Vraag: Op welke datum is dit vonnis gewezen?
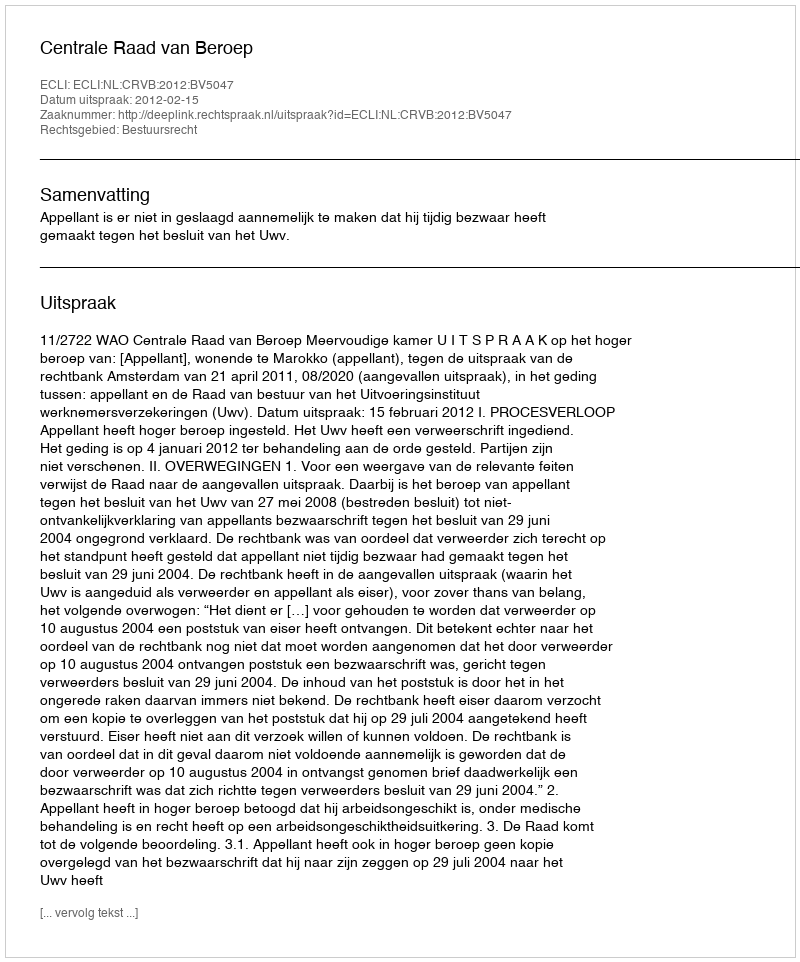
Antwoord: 2012-02-15